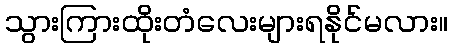
သွားကြားထိုးတံလေးများရနိုင်မလား။